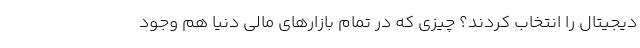
دیجیتال را انتخاب کردند؟ چیزی که در تمام بازارهای مالی دنیا هم وجود